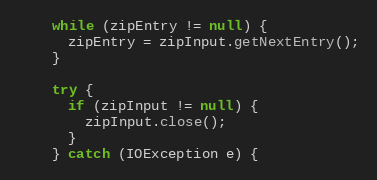
Language: Java
    while (zipEntry != null) {
      zipEntry = zipInput.getNextEntry();
    }

    try {
      if (zipInput != null) {
        zipInput.close();
      }
    } catch (IOException e) {